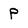
Character: P